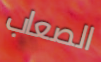
الصعاب